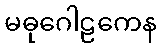
မဓုဂေါဠကေန